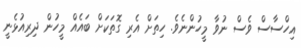
އިހްސާސް ވެސް ނުވާ މީހުންނެވެ. ހިތަށް އެރި ގޮތަކަށް ބައެއް މީހުން ދިރިއުޅެނީ